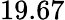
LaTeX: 19.67